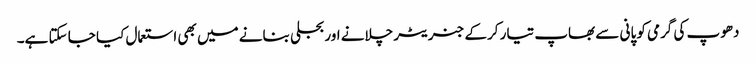
دھوپ کی گرمی کو پانی سے بھاپ تیار کرکے جنریٹر چلانے اور بجلی بنانے میں بھی استعمال کیا جا سکتا ہے۔